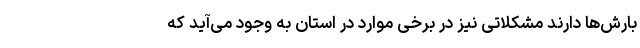
بارش‌ها دارند مشکلاتی نیز در برخی موارد در استان به وجود می‌آید که